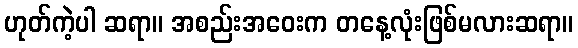
ဟုတ်ကဲ့ပါ ဆရာ။ အစည်းအဝေးက တနေ့လုံးဖြစ်မလားဆရာ။